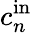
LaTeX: c_{n}^{\mathrm{in}}